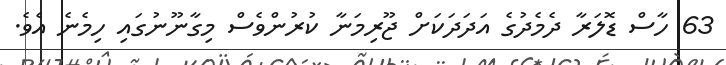
63 ހާސް ޑޮލަރާ ދެމެދުގެ އަދަދަކަށް ޖޫރިމަނާ ކުރުންވެސް މިގާނޫނުގައި ހިމެނެ އެވެ.